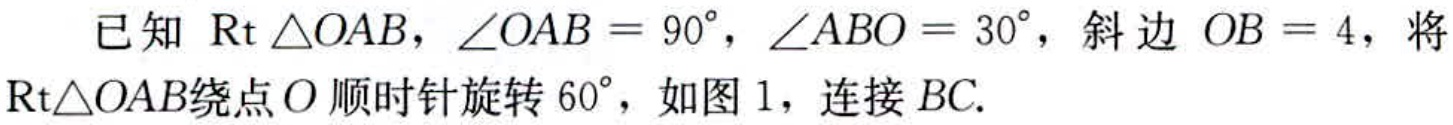
已知 $\text{Rt }\triangle OAB$，$\angle OAB = 90^{\circ}$，$\angle ABO = 30^{\circ}$，斜边 $OB = 4$，将 $\text{Rt}\triangle OAB$绕点$O$ 顺时针旋转 $60^{\circ}$，如图 1，连接 $BC.$